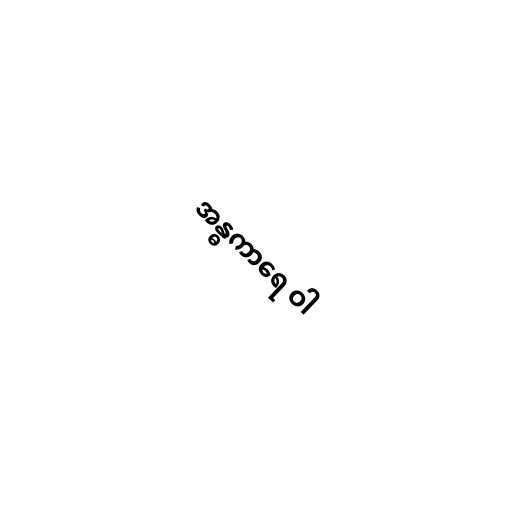
အန္ဓကာရေ ဝါ